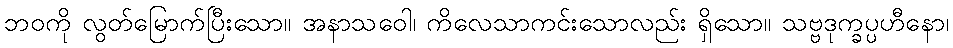
ဘဝကို လွတ်မြောက်ပြီးသော။ အနာသဝေါ၊ ကိလေသာကင်းသောလည်း ရှိသော။ သဗ္ဗဒုက္ခပ္ပဟီနော၊